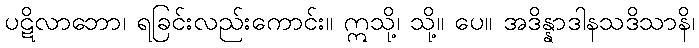
ပဋိလာဘော၊ ရခြင်းလည်းကောင်း။ ဣသို့၊ သို့။ ပေ။ အဒိန္နာဒါနသဒိသာနိ၊